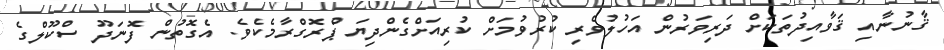
ޤާނުނާއި ޤަވާއިދުތަކަށް ދަރިވަރުން އަހުލުވެރި ކުރުވުމަށް ކުރިއަށްގެންދިޔަ ޕްރޮގްރާމެކެވެ. އެގޮތުން ފޮނަދޫ ސްކޫލްގެ